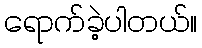
ရောက်ခဲ့ပါတယ်။